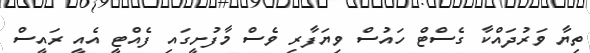
ތިޔާ ވަރުދައްކާ ގެސްޓް ހައުސް ވިޔަފާރި ވެސް މާފުށީގައި ފެއްޓީ އެއީ ރައީސް